Scottish Leaving Certificate Examination, 1958
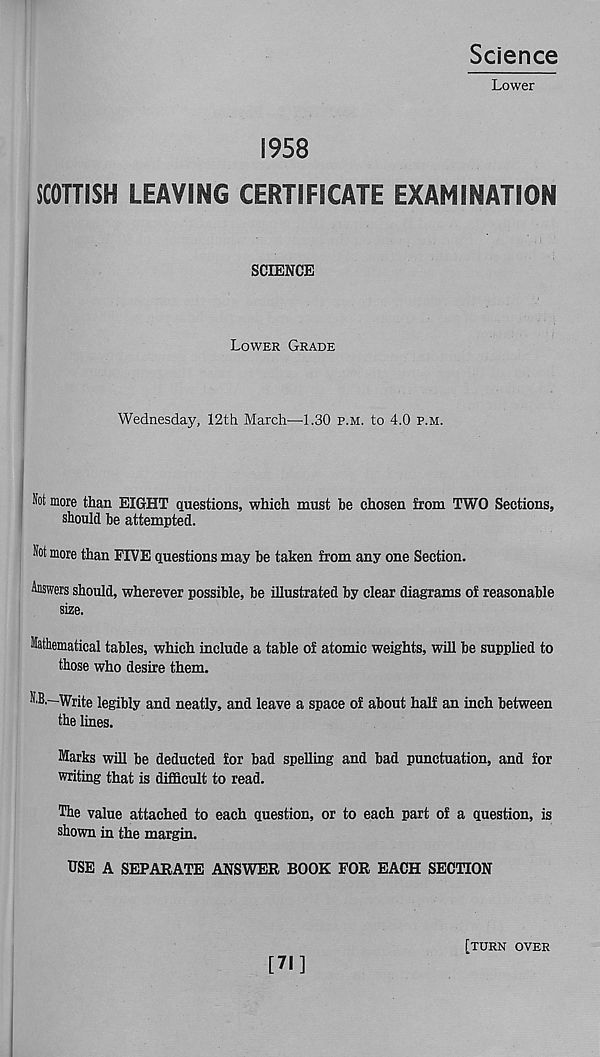
Science
Lower
1958
SCOTTISH LEAVING CERTIFICATE EXAMINATION
SCIENCE
Lower Grade
Wednesday, 12th March—1.30 p.m. to 4.0 p.m.
Not more than EIGHT questions, which must be chosen from TWO Sections,
should be attempted.
Not more than FIVE questions may be taken from any one Section.
Answers should, wherever possible, be illustrated by clear diagrams of reasonable
size.
Mathematical tables, which include a table of atomic weights, will be supplied to
those who desire them.
N,B.~Write legibly and neatly, and leave a space of about half an inch between
the lines.
Marks will be deducted for bad spelling and bad punctuation, and for
writing that is difficult to read.
The value attached to each question, or to each part of a question, is
shown in the margin.
USE A SEPARATE ANSWER BOOK FOR EACH SECTION
[71]
[turn over